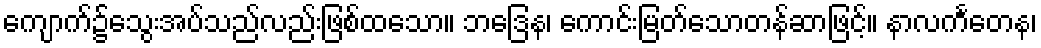
ကျောက်၌သွေးအပ်သည်လည်းဖြစ်ထသော။ ဘဒြေန၊ ကောင်းမြတ်သောတန်ဆာဖြင့်။ နာလင်္ကတေန၊